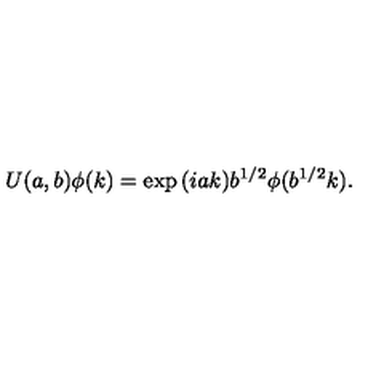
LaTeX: U ( a , b ) \phi ( k ) = \exp { ( i a k ) } b ^ { 1 / 2 } \phi ( b ^ { 1 / 2 } k ) .